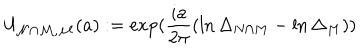
U _ { \mathcal { N \cap M } , \mathcal { M } } ( a ) : = \exp ( \frac { i a } { 2 \pi } ( \ln \Delta _ { N \cap M } - \ln \Delta _ { M } ) )